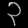
Digit: ၃